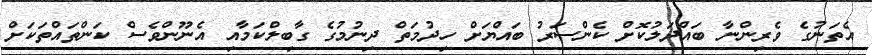
އެތަނުގެ ވެރިންނާ ބައްދަލުކޮށް ކެންސަރު ބައްޔަށް ހިދުމަތް ދިނުމުގެ ގާބިލްކަމާއި އެނޫންވެސް ކަންތައްތަކަށް